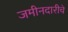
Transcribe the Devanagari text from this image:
जमीनदारीचे